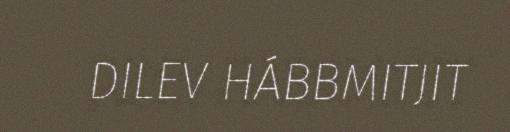
DILEV HÁBBMITJIT